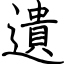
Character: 遺